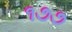
૧૭૭